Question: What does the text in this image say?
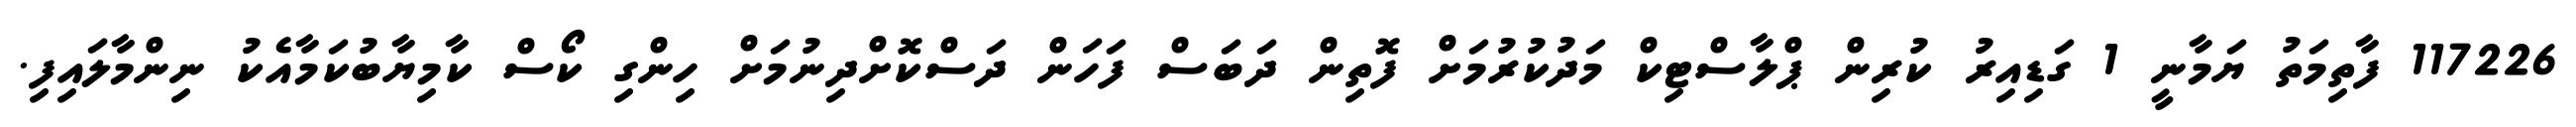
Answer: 117226 ފާތިމަތު ޔަމާނީ 1 ގަޑިއިރު ކުރިން ޕްލާސްޓިކް މަދުކުރުމަށް ފޮތިން ދަބަސް ފަހަން ދަސްކޮށްދިނުމަށް ހިންގި ކޯސް ކާމިޔާބުކަމާއެކު ނިންމާލައިފި.